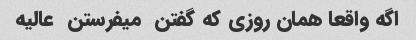
اگه واقعا همان روزی که گفتن  میفرستن  عالیه